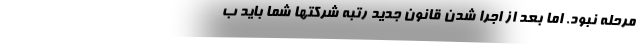
مرحله نبود. اما بعد از اجرا شدن قانون جدید رتبه شرکتها شما باید ب